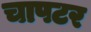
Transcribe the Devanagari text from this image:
चापटर